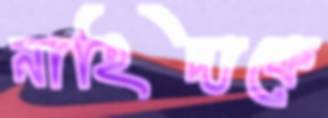
নাহিদাকে